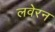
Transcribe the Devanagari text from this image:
लवेरन